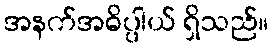
အနက်အဓိပ္ပါယ် ရှိသည်။